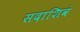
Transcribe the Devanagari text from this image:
सदाशिवं